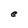
Character: e